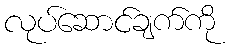
လုပ်ဆောင်ချက်ကို